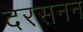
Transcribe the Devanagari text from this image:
दरसनन